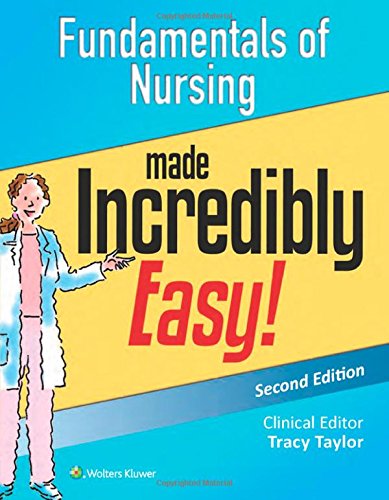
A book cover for Fundamentals of Nursing Made Incredibly Easy! (Incredibly Easy! SeriesÂ®); Lippincott  Williams & Wilkins; Medical Books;